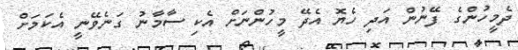
ދެމީހުންގެ ފޭނުން އަދި ހެޔޮ އެދޭ މީހުންނަށް އެކި ސާމާނު ގަނެވޭނީ އެކަމަށް